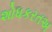
શોધકરતઅ